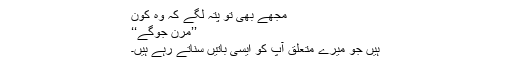
مجھے بھی تو پتہ لگے کہ وہ کون
’’مرن جوگے‘‘
ہیں جو میرے متعلق آپ کو ایسی باتیں سناتے رہے ہیں۔